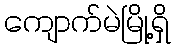
ကျောက်မဲမြို့ရှိ